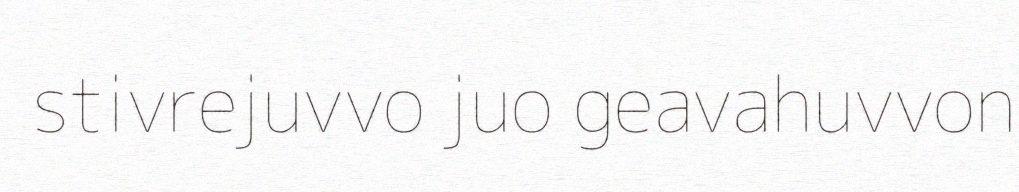
stivrejuvvo juo geavahuvvon